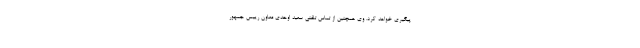
پیگیری خواهد کرد. وی همچنین از تماس تلفنی سعید اوحدی معاون رییس جمهور